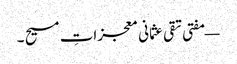
— مفتی تقی عثمانی معجزاتِ مسیح ۔